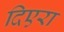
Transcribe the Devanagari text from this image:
दिएरा